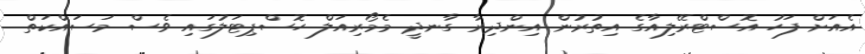
އެއަށް ފަހު އޮސްޓްރޭލިއާގެ އިތުރުން އިންދިރާ ގާނދީ މެމޯރިއަލް ހޮސްޕިޓަލުގައި ވެސް މަސައްކަތް